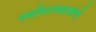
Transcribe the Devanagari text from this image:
पर्यावरणवाद्यांचे